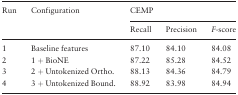
<table><thead><tr><td rowspan="2"><b>Run</b></td><td rowspan="2"><b>Configuration</b></td><td colspan="3"><b>CEMP</b></td></tr><tr><td><b>Recall</b></td><td><b>Precision</b></td><td><b><i>F</i>-score</b></td></tr></thead><tbody><tr><td>1</td><td>Baseline features</td><td>87.10</td><td>84.10</td><td>84.08</td></tr><tr><td>2</td><td>1 + BioNE</td><td>87.22</td><td>85.28</td><td>84.52</td></tr><tr><td>3</td><td>2 + Untokenized Ortho.</td><td>88.13</td><td>84.36</td><td>84.79</td></tr><tr><td>4</td><td>3 + Untokenized Bound.</td><td>88.92</td><td>83.98</td><td>84.94</td></tr></tbody></table>